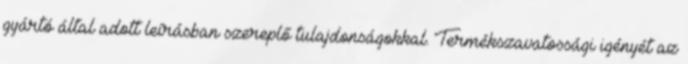
gyártó által adott leírásban szereplő tulajdonságokkal. Termékszavatossági igényét az